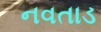
નવતાડ